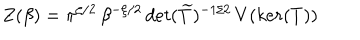
Z ( \beta ) = \pi ^ { \zeta / 2 } \, \beta ^ { - \zeta / 2 } \, d e t ( \widetilde { T } ) ^ { - 1 / 2 } \, V ( k e r ( T ) )